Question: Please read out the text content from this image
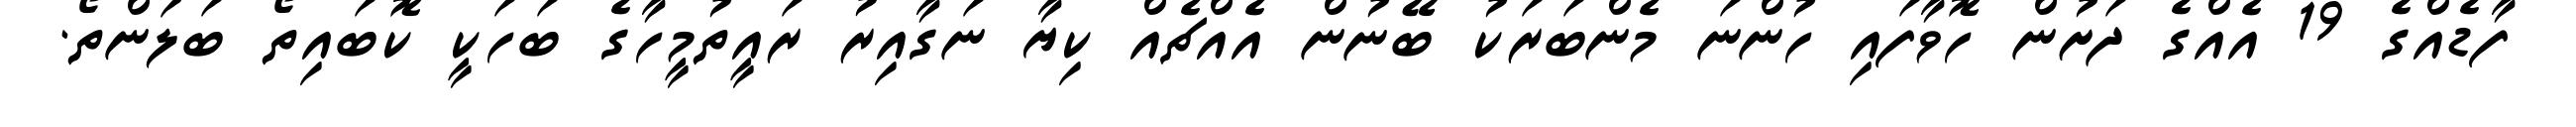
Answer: ފާޑެއްގެ 19 އެއްގެ ދަށުން ހޮވާފައި ހުންނަ މެންބަރަކު ބޭނުން އެއްޗެއް ކިޔާ ނަގާއިރު ރައީތުމީހާގެ ބަހަކީ ކޮބައިތޯ ބަލަންތޯ.